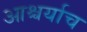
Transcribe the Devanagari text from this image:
आश्चर्याच